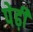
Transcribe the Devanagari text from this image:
पेढ़ी